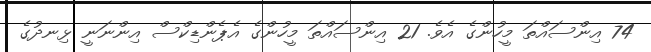
74 އިންސައްތަ މީހުންގެ އެވެ. 21 އިންސައްތަ މީހުންގެ އެޕެންޑިކްސް އިންނަނީ ޅިނދުގެ